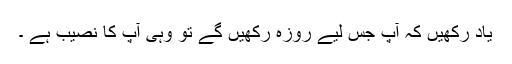
یاد رکھیں کہ آپ جس لیے روزہ رکھیں گے تو وہی آپ کا نصیب ہے ۔